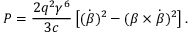
P = { \frac { 2 q ^ { 2 } \gamma ^ { 6 } } { 3 c } } \left[ ( { \dot { \boldsymbol { \beta } } } ) ^ { 2 } - ( { \boldsymbol { \beta } } \times { \dot { \boldsymbol { \beta } } } ) ^ { 2 } \right] .